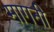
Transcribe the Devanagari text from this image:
मागनी